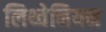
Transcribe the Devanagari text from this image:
लिथ्वेनियन